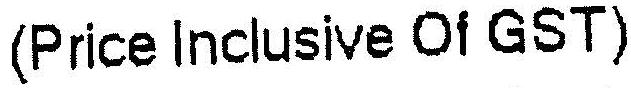
(PRICE INCLUSIVE OF GST)